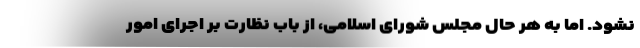
نشود. اما به هر حال مجلس شورای اسلامی، از باب نظارت بر اجرای امور